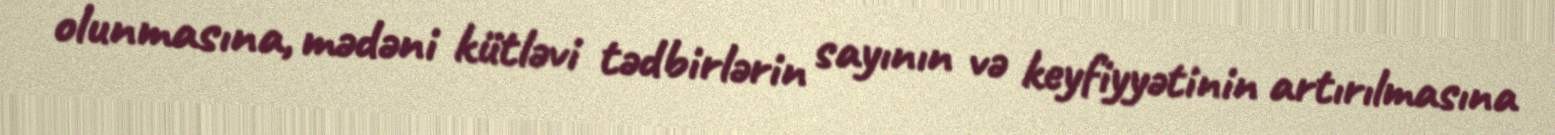
olunmasına, mədəni kütləvi tədbirlərin sayının və keyfiyyətinin artırılmasına